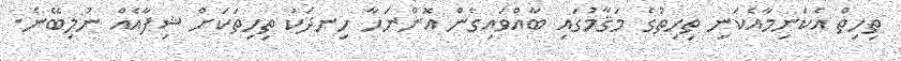
ތިހިތް އެކަނިމާއެކަނި ތިހިތުގެ މަޤާމުގައި ބާއްވައިގެން އޮންނަހާ ހިނދަކު ތިހިތަކަށް ޝިފާއެއް ނުލިބޭނެ.